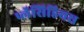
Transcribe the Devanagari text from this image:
प्लॅसिडियस